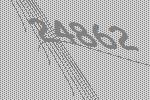
24862